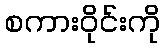
စကားဝိုင်းကို